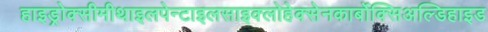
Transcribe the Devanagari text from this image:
हाइड्रोक्सीमीथाइलपेन्टाइलसाइक्लोहेक्सेनकार्बोक्सिअल्डिहाइड